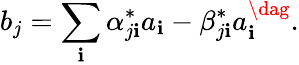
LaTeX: b_{j}=\sum_{\mathbf{i}}\alpha_{j\mathbf{i}}^{*}a_{\mathbf{i}}-\beta_{j\mathbf{i}}^{*}a_{\mathbf{i}}^{\dag}.